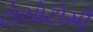
ટોયોટોમી